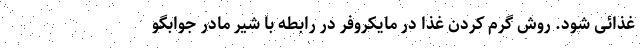
غذائى شود. روش گرم کردن غذا در مایکروفر در رابطه با شیر مادر جوابگو